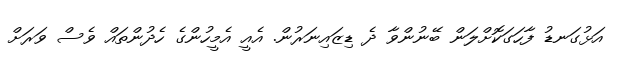
އަޅުގަނޑު ފާހަގަކޮށްލަން ބޭނުންވާ ދެ ޑިޒައިނަރުން. އެއީ އެމީހުންގެ ހެދުންތައް ވެސް ވަރަށް